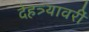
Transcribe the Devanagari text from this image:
देहत्र्यावरीं